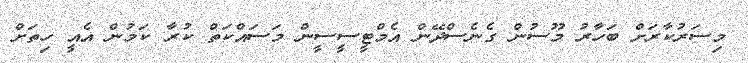
މިސަރުކާރަށް ބަހާރު މޫސުން ގެނެސްދޭން އެމްޓީސީސީން މަސައްކަތް ކުރާ ކަމުން އެއީ ހިތަށް